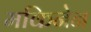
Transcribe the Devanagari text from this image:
मकिनेन